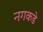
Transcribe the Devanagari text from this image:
नगकडे